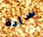
سادة